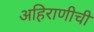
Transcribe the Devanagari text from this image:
अहिराणीची